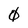
Character: 0